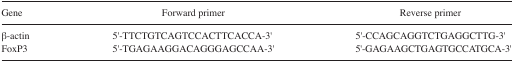
<table><thead><tr><td><b>Gene</b></td><td><b>Forward primer</b></td><td><b>Reverse primer</b></td></tr></thead><tbody><tr><td>β-actin</td><td>5′-TTCTGTCAGTCCACTTCACCA-3′</td><td>5′-CCAGCAGGTCTGAGGCTTG-3′</td></tr><tr><td>FoxP3</td><td>5′-TGAGAAGGACAGGGAGCCAA-3′</td><td>5′-GAGAAGCTGAGTGCCATGCA-3′</td></tr></tbody></table>